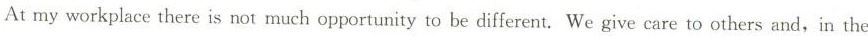
At my workplace there is not much opportunity to be different. We give care to others and,in the